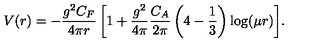
{ V ( r ) = - \frac { g ^ { 2 } C _ { F } } { 4 \pi r } \left[ 1 + \frac { g ^ { 2 } } { 4 \pi } \frac { C _ { A } } { 2 \pi } \left( { 4 } - \frac 1 3 \right) \log ( \mu r ) \right] } .